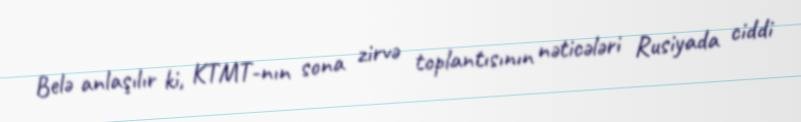
Belə anlaşılır ki, KTMT-nın sona zirvə toplantısının nəticələri Rusiyada ciddi